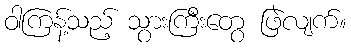
ဝါကြန့်သည့် သွားကြီးတွေ ဖြဲလျက်။